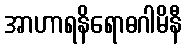
အာဟာရနိရောဓဂါမိနီ